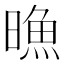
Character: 𣊘